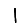
Digit: 1